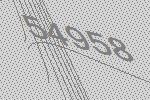
54958